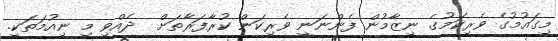
މިގައުމުގެ ވެރިކަމުގެ ނިޒާމުން ފެންނަނީ ވެރިކަން ކުރާފަރާތަށް  ދެއްވި މި ނިއުމަތަކީ.